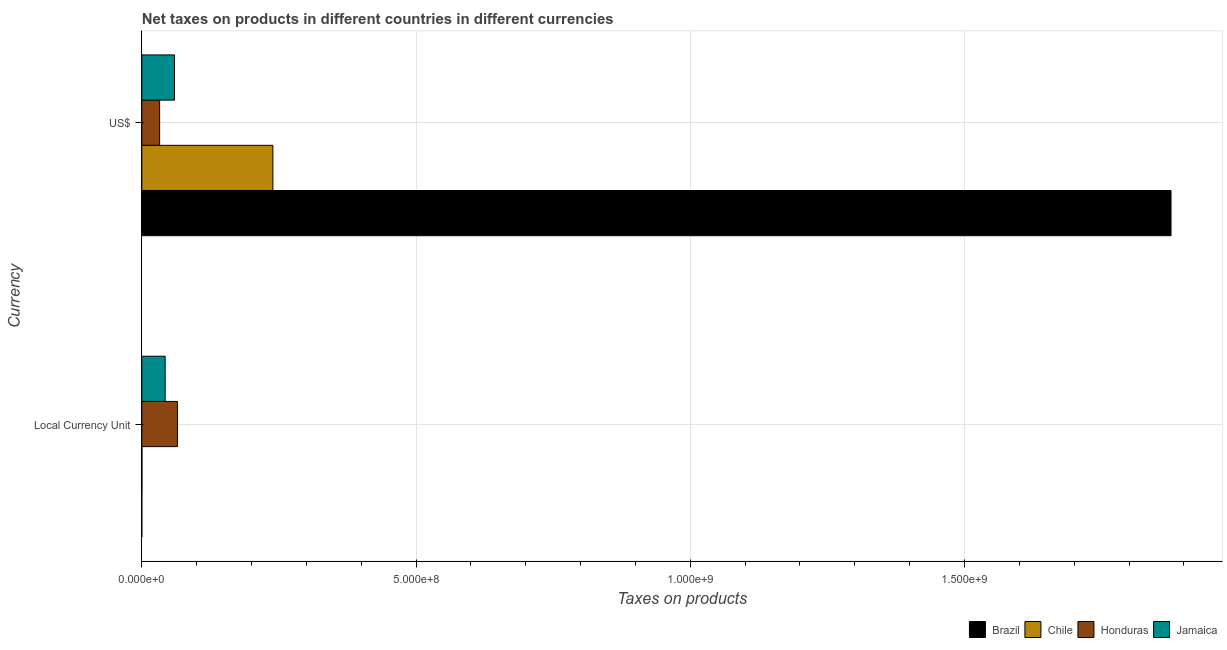
| Currency | Brazil | Chile | Honduras | Jamaica |
 | --- | --- | --- | --- | --- |
 | Local Currency Unit | 0.000184 | 2.53e+05 | 6.5e+07 | 4.26e+07 |
 | US$ | 1.88e+09 | 2.39e+08 | 3.25e+07 | 5.96e+07 |